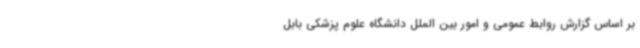
بر اساس گزارش روابط‌ عمومی و امور بین ‌الملل دانشگاه علوم پزشکی بابل